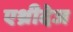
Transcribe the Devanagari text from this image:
एथ्रीदेज